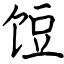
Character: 饾